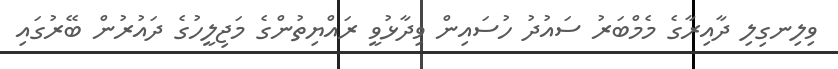
ވިލިނގިލި ދާއިރާގެ މެމްބަރު ސައުދު ހުސައިން ވިދާޅުވީ ރައްޔިތުންގެ މަޖިލީހުގެ ދައުރުން ބޭރުގައި